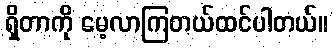
ရှိတာကို မေ့လာကြတယ်ထင်ပါတယ်။